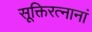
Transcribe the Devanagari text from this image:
सूक्तिरत्नानां